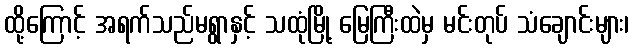
ထို့ကြောင့် အရက်သည်မရွာနှင့် သထုံမြို့ မြေကြီးထဲမှ မင်းတုပ် သံချောင်းများ၊